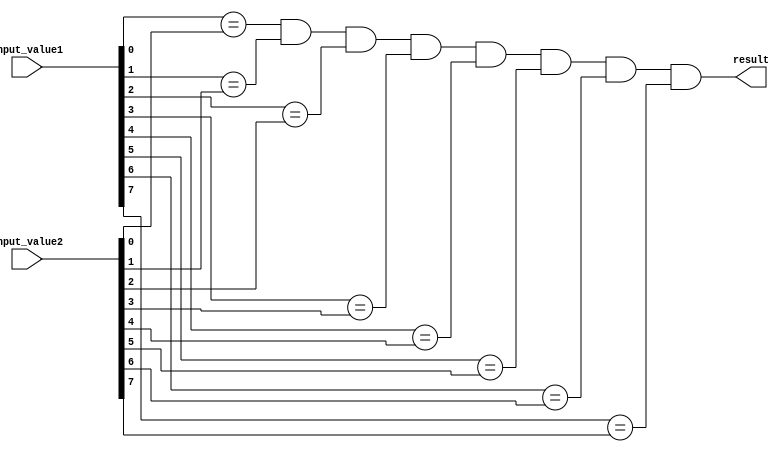
module parallel_comparator(
    input [7:0] input_value1,
    input [7:0] input_value2,
    output reg result
);

reg [7:0] stage_result1;
reg [7:0] stage_result2;
reg [7:0] stage_result3;
reg [7:0] stage_result4;
reg [7:0] stage_result5;
reg [7:0] stage_result6;
reg [7:0] stage_result7;
reg [7:0] stage_result8;

assign stage_result1 = input_value1[0] == input_value2[0];
assign stage_result2 = input_value1[1] == input_value2[1];
assign stage_result3 = input_value1[2] == input_value2[2];
assign stage_result4 = input_value1[3] == input_value2[3];
assign stage_result5 = input_value1[4] == input_value2[4];
assign stage_result6 = input_value1[5] == input_value2[5];
assign stage_result7 = input_value1[6] == input_value2[6];
assign stage_result8 = input_value1[7] == input_value2[7];

always @* begin
    result = stage_result1 & stage_result2 & stage_result3 & stage_result4 & stage_result5 & stage_result6 & stage_result7 & stage_result8;
end

endmodule